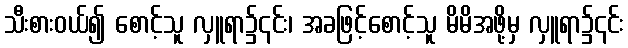
သီးစားဝယ်၍ စောင့်သူ လှူရာ၌၎င်း၊ အခဖြင့်စောင့်သူ မိမိအဖို့မှ လှူရာ၌၎င်း